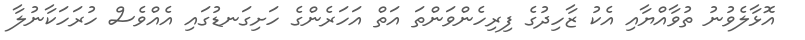
އޮޅާލެވުނު ތުވާއްޔާއި އެކު ޒާހިދުގެ ފިރިހެންވަންތަ އަތް އަހަރެންގެ ހަށިގަނޑުގައި އެއްވެސް ހުރަހަކާނުލާ